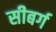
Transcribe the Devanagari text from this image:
सीबर्ग